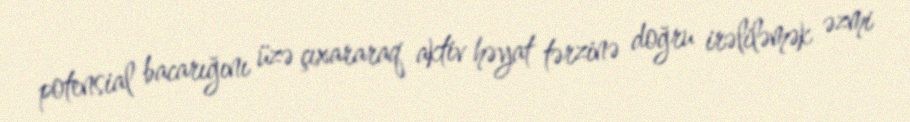
potensial bacarığını üzə çıxararaq aktiv həyat tərzinə doğru irəliləmək əzmi